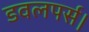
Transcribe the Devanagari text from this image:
डवलपर्स।